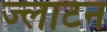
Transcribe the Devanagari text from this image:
ज्लाटन